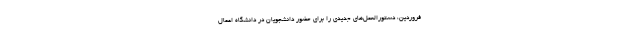
فروردین، دستورالعمل‌های جدیدی را برای حضور دانشجویان در دانشگاه اعمال